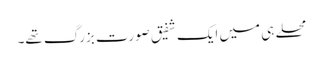
محلے ہی میں ایک شفیق صورت بزرگ تھے۔